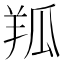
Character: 𦍳